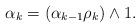
LaTeX: \begin{align*}\alpha_k=(\alpha_{k-1}\rho_k) \wedge 1.\end{align*}